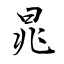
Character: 晁